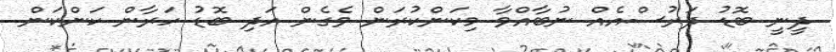
ދީނީ ބޮޑު ދަރުސްއެއް ނުބާއްވާ މިކަންކުރަން ވެގެން އަދި ބޮޑު ހަރާން ކަންކަން